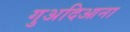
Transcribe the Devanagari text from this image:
गुअदिआना